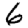
Digit: 6